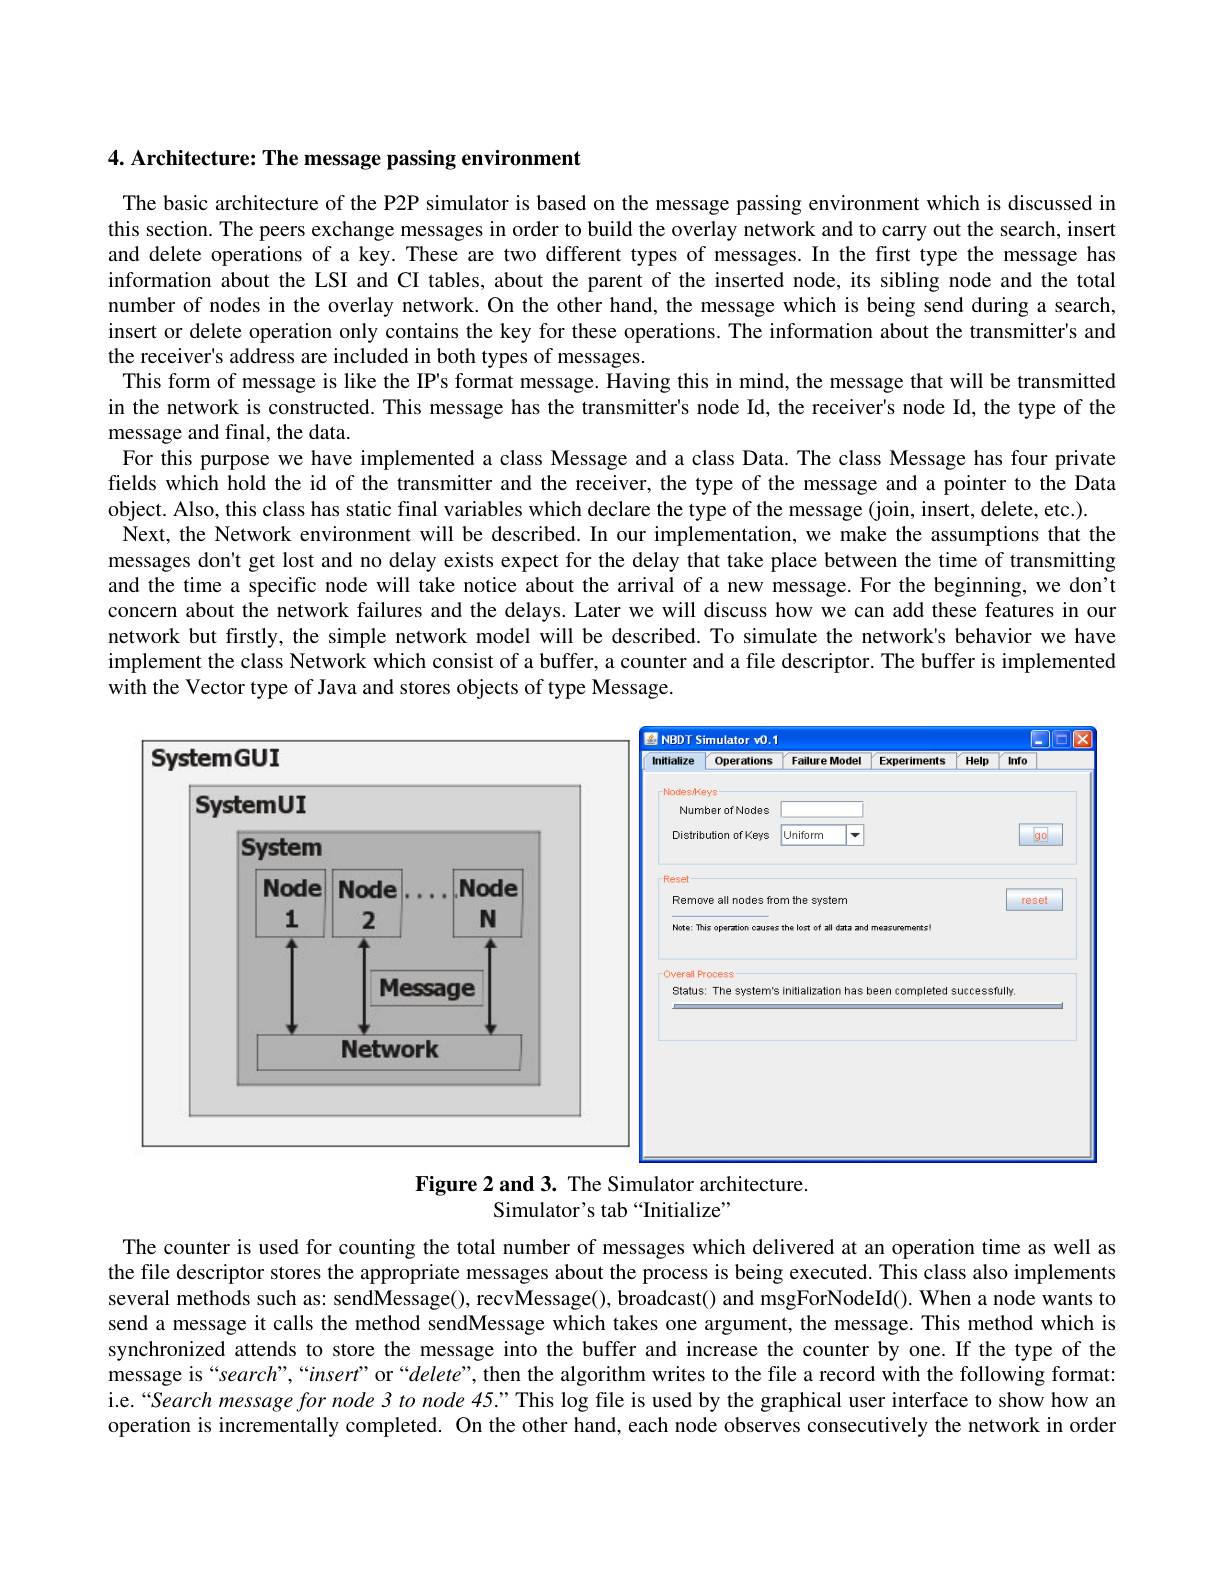
4. Architecture: The message passing environment

The basic architecture of the P2P simulator is based on the message passing environment which is discussed in this section. The peers exchange messages in order to build the overlay network and to carry out the search, insert and delete operations of a key. These are two different types of messages.In the first type the message has information about the LSI and CI tables, about the parent of the inserted node, its sibling node and the total number of nodes in the overlay network. On the other hand, the message which is being send during a search, insert or delete operation only contains the key for these operations. The information about the transmitter's and the receiver's address are included in both types of messages.
This form of message is like the IP's format message. Having this in mind, the message that will be transmitted in the network is constructed. This message has the transmitter's node Id, the receiver's node Id, the type of the message and final, the data.
For this purpose we have implemented a class Message and a class Data. The class Message has four private fields which hold the id of the transmitter and the receiver, the type of the message and a pointer to the Data object. Also, this class has static final variables which declare the type of the message (join, insert, delete, etc.).
Next, the Network environment will be described. In our implementation, we make the assumptions that the messages don't get lost and no delay exists expect for the delay that take place between the time of transmitting and the time a specific node will take notice about the arrival of a new message. For the beginning, we don't concern about the network failures and the delays. Later we will discuss how we can add these features in our network but firstly, the simple network model will be described. To simulate the network's behavior we have implement the class Network which consist of a buffer, a counter and a file descriptor. The buffer is implemented with the Vector type of Java and stores objects of type Message.

<FigureHere>
Figure 2 and 3. The Simulator architecture.

Simulator's tab“Initialize”

The counter is used for counting the total number of messages which delivered at an operation time as well as the file descriptor stores the appropriate messages about the process is being executed. This class also implements several methods such as: sendMessage(), recvMessage(), broadcast() and msgForNodeId(). When a node wants to send a message it calls the method sendMessage which takes one argument, the message. This method which is synchronized attends to store the message into the buffer and increase the counter by one.If the type of the message is“search”,“insert”or“$delete”$,then the algorithm writes to the file a record with the following format: i.e.“Search message for node 3 to node 45.” This log file is used by the graphical user interface to show how an operation is incrementally completed. On the other hand, each node observes consecutively the network in order